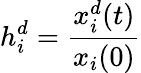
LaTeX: h_{i}^{d}=\frac{x_{i}^{d}(t)}{x_{i}(0)}